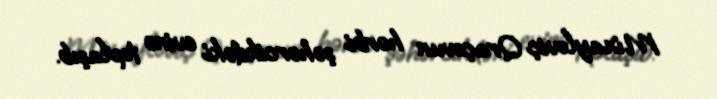
Mixayloviç Qraçovun hərbi şəhərcikdəki evinə toplaşıb.